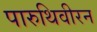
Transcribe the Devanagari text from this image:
पारुथिवीरन